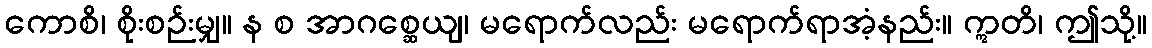
ကောစိ၊ စိုးစဉ်းမျှ။ န စ အာဂစ္ဆေယျ၊ မရောက်လည်း မရောက်ရာအံ့နည်း။ ဣတိ၊ ဤသို့။